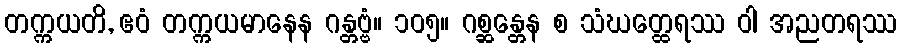
တက္ကယတိ, ဧဝံ တက္ကယမာနေန ဂန္တဗ္ဗံ။ ၁၀၅။ ဂစ္ဆန္တေန စ သံဃတ္ထေရဿ ဝါ အညတရဿ